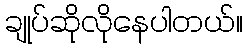
ချုပ်ဆိုလိုနေပါတယ်။